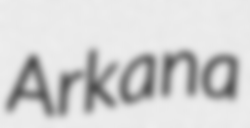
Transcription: Arkana